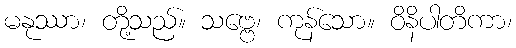
မနုဿာ၊ တို့သည်။ သဗ္ဗေ၊ ကုန်သော။ ဝိနိပါတိကာ၊